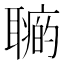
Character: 𦗽